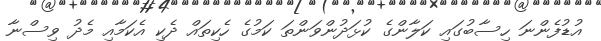
އުޑުފެންނަ ހިސާބުގައި ކަލާންގެ ކުޅަދުންވަންތަ ކަމުގެ ހެކިތައް ދެކި އެކަމާއި މެދު ވިސްނާ